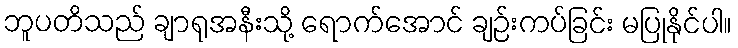
ဘူပတိသည် ချာရုအနီးသို့ ရောက်အောင် ချဉ်းကပ်ခြင်း မပြုနိုင်ပါ။